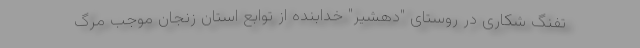
تفنگ شکاری در روستای "دهشیر" خدابنده از توابع استان زنجان موجب مرگ